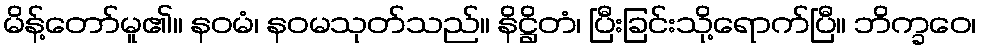
မိန့်တော်မူ၏။ နဝမံ၊ နဝမသုတ်သည်။ နိဋ္ဌိတံ၊ ပြီးခြင်းသို့ရောက်ပြီ။ ဘိက္ခဝေ၊